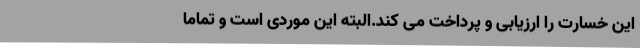
این خسارت را ارزیابی و پرداخت می کند.البته این موردی است و تماما